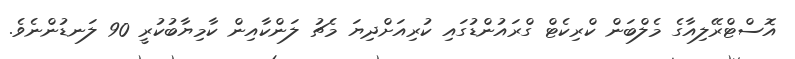
އޮސްޓްރޭލިއާގެ މެލްބަން ކްރިކެޓް ގްރައުންޑުގައި ކުރިއަށްދިޔަ މެޗު ލަންކާއިން ކާމިޔާބުކުރީ 90 ލަނޑުންނެވެ.